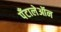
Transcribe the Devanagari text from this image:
पँटालेऑन